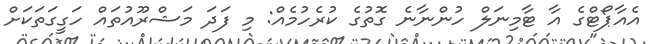
އެއާޕޯޓްގެ އާ ޓާމިނަލް ހުންނާނެ ގޮތުގެ ކުރެހުމެއް: މި ފަދަ މަޝްރޫއުތައް ހަގީގަތަކަށް